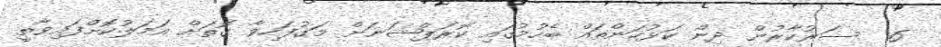
6  ސަރުކާރުން ދިން ކަޅުހަންތައް ބެހުމުގައި ކޮރަޕްޝަނަށް މަގުފަހިވާ ގޮތަށް އަމަލުކޮށްފައިވާތީ